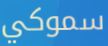
سموكي